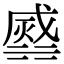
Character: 𣹹